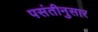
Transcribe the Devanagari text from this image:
पसंतीनुसार